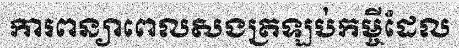
ការពន្យាពេលសងត្រឡប់កម្ចីដែល